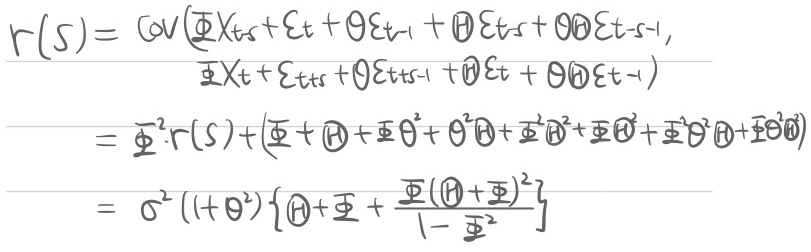
\[
\begin{align*}
r(s)&=\text{Cov}(\Phi X_{t+s}+\varepsilon_t+\theta\varepsilon_{t - 1}+\theta\varepsilon_{t+s}+\theta\theta\varepsilon_{t+s - 1},\Phi X_t+\varepsilon_{t+s}+\theta\varepsilon_{t+s - 1}+\theta\varepsilon_t+\theta\theta\varepsilon_{t - 1})\\
&=\Phi^{2}r(s)+(\Phi+\theta+\Phi\theta+\theta^{2}\theta+\Phi\theta^{2}+\Phi\theta+\Phi\theta^{2}\theta+\Phi\theta^{2}\theta)\\
&=\sigma^{2}((1 + \theta^{2})\left\{\theta+\Phi+\frac{\Phi(\theta+\Phi)^{2}}{1-\Phi^{2}}\right\})
\end{align*}
\]